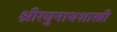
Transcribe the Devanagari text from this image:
श्रीरघुनाथशास्त्री